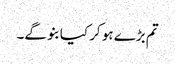
تم بڑے ہو کر کیا بنو گے۔